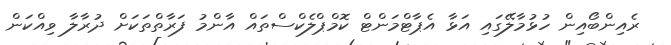
ރެއިންބޯއިން ހުޅުމާލޭގައި އަޅާ އެޕާޓްމަންޓް ކޮމްޕްލެކްސްތައް އާންމު ފަރާތްތަކަށް ދުރާލާ ވިއްކަން